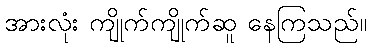
အားလုံး ကျိုက်ကျိုက်ဆူ နေကြသည်။